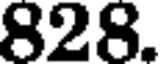
828.